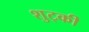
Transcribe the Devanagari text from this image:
शुट्की